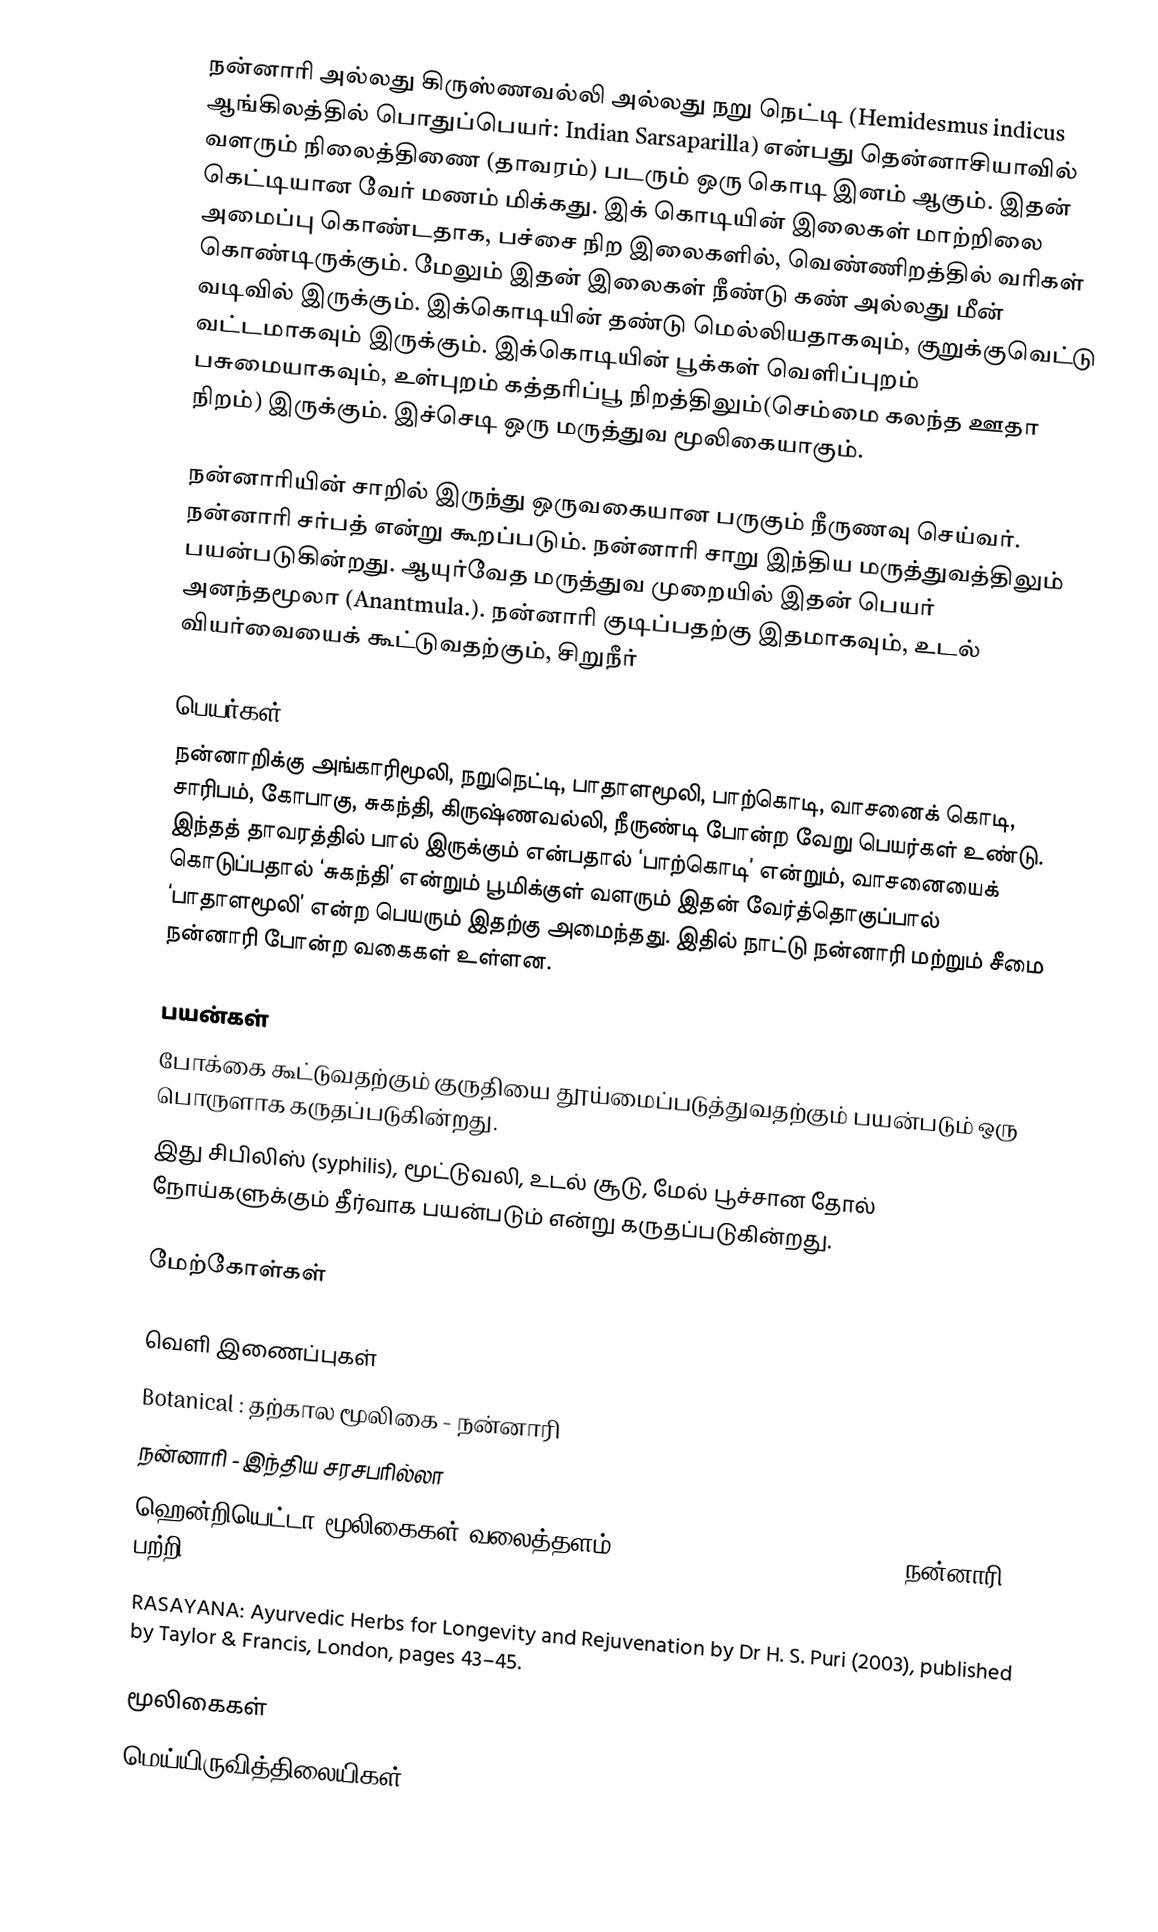
நன்னாரி அல்லது கிருஸ்ணவல்லி அல்லது நறு நெட்டி (Hemidesmus indicus ஆங்கிலத்தில் பொதுப்பெயர்: Indian Sarsaparilla) என்பது தென்னாசியாவில் வளரும் நிலைத்திணை (தாவரம்) படரும் ஒரு கொடி இனம் ஆகும். இதன் கெட்டியான வேர் மணம் மிக்கது. இக் கொடியின் இலைகள் மாற்றிலை அமைப்பு கொண்டதாக, பச்சை நிற இலைகளில், வெண்ணிறத்தில் வரிகள் கொண்டிருக்கும். மேலும் இதன் இலைகள் நீண்டு கண் அல்லது மீன் வடிவில் இருக்கும். இக்கொடியின் தண்டு மெல்லியதாகவும், குறுக்குவெட்டு வட்டமாகவும் இருக்கும். இக்கொடியின் பூக்கள் வெளிப்புறம் பசுமையாகவும், உள்புறம் கத்தரிப்பூ நிறத்திலும்(செம்மை கலந்த ஊதா நிறம்) இருக்கும். இச்செடி ஒரு மருத்துவ மூலிகையாகும்.

நன்னாரியின் சாறில் இருந்து ஒருவகையான பருகும் நீருணவு செய்வர். நன்னாரி சர்பத் என்று கூறப்படும். நன்னாரி சாறு இந்திய மருத்துவத்திலும் பயன்படுகின்றது. ஆயுர்வேத மருத்துவ முறையில் இதன் பெயர் அனந்தமூலா (Anantmula.). நன்னாரி குடிப்பதற்கு இதமாகவும், உடல் வியர்வையைக் கூட்டுவதற்கும், சிறுநீர்

பெயர்கள்
நன்னாறிக்கு அங்காரிமூலி, நறுநெட்டி, பாதாளமூலி, பாற்கொடி, வாசனைக் கொடி, சாரிபம், கோபாகு, சுகந்தி, கிருஷ்ணவல்லி, நீருண்டி போன்ற வேறு பெயர்கள் உண்டு. இந்தத் தாவரத்தில் பால் இருக்கும் என்பதால் ‘பாற்கொடி’ என்றும், வாசனையைக் கொடுப்பதால் ‘சுகந்தி’ என்றும் பூமிக்குள் வளரும் இதன் வேர்த்தொகுப்பால் ‘பாதாளமூலி’ என்ற பெயரும் இதற்கு அமைந்தது. இதில் நாட்டு நன்னாரி மற்றும் சீமை நன்னாரி போன்ற வகைகள் உள்ளன.

பயன்கள்
போக்கை கூட்டுவதற்கும் குருதியை தூய்மைப்படுத்துவதற்கும் பயன்படும் ஒரு பொருளாக கருதப்படுகின்றது.
இது சிபிலிஸ் (syphilis), மூட்டுவலி, உடல் சூடு, மேல் பூச்சான தோல் நோய்களுக்கும் தீர்வாக பயன்படும் என்று கருதப்படுகின்றது.

மேற்கோள்கள்

வெளி இணைப்புகள்
Botanical : தற்கால மூலிகை - நன்னாரி
நன்னாரி - இந்திய சரசபரில்லா
ஹென்றியெட்டா மூலிகைகள் வலைத்தளம் Henriette's Herbal Homepage - நன்னாரி பற்றி
 RASAYANA:  Ayurvedic Herbs for Longevity and Rejuvenation by Dr H. S. Puri (2003), published by Taylor & Francis, London, pages 43–45.

மூலிகைகள்
மெய்யிருவித்திலையிகள்